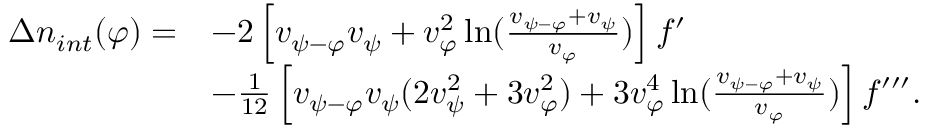
\begin{array} { r l } { \Delta n _ { i n t } ( \varphi ) = } & { - 2 \left[ v _ { { \psi } - \varphi } v _ { { \psi } } + v _ { \varphi } ^ { 2 } \ln ( { \frac { v _ { { \psi } - \varphi } + v _ { { \psi } } } { v _ { \varphi } } } ) \right] f ^ { \prime } } \\ & { - { \frac { 1 } { 1 2 } } \left[ v _ { { \psi } - \varphi } v _ { { \psi } } ( 2 v _ { { \psi } } ^ { 2 } + 3 v _ { \varphi } ^ { 2 } ) + 3 v _ { \varphi } ^ { 4 } \ln ( { \frac { v _ { { \psi } - \varphi } + v _ { { \psi } } } { v _ { \varphi } } } ) \right] f ^ { \prime \prime \prime } . } \end{array}